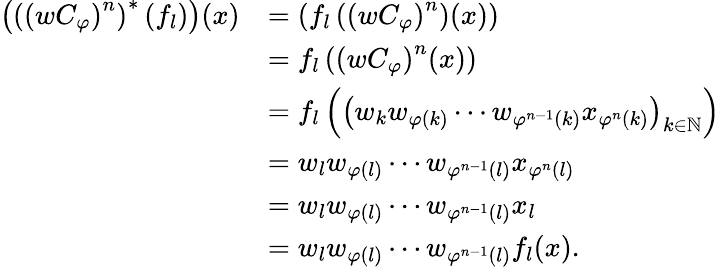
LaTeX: \begin{array}{rl}{\left(\left(\left(wC_{\varphi}\right)^{n}\right)^{\ast}\left(f_{l}\right)\right)(x)}&{=\left(f_{l}\left(\left(wC_{\varphi}\right)^{n}\right)(x)\right)}\\ &{=f_{l}\left(\left(wC_{\varphi}\right)^{n}(x)\right)}\\ &{=f_{l}\left(\left(w_{k}w_{\varphi(k)}\cdots w_{\varphi^{n-1}(k)}x_{\varphi^{n}(k)}\right)_{k\in\mathbb{N}}\right)}\\ &{=w_{l}w_{\varphi(l)}\cdots w_{\varphi^{n-1}(l)}x_{\varphi^{n}(l)}}\\ &{=w_{l}w_{\varphi(l)}\cdots w_{\varphi^{n-1}(l)}x_{l}}\\ &{=w_{l}w_{\varphi(l)}\cdots w_{\varphi^{n-1}(l)}f_{l}(x).}\end{array}